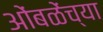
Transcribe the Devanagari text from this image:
ओंबळेंच्या